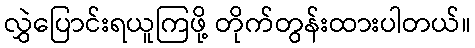
လွှဲပြောင်းရယူကြဖို့ တိုက်တွန်းထားပါတယ်။